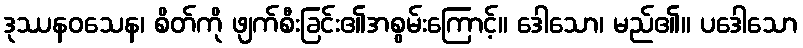
ဒုဿနဝသေန၊ စိတ်ကို ဖျက်စီးခြင်း၏အစွမ်းကြောင့်။ ဒေါသော၊ မည်၏။ ပဒေါသော